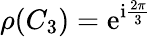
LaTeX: \rho(C_{3})=\mathrm{e}^{\mathrm{{i}}\frac{{2\pi}}{{3}}}